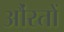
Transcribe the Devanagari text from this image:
औंरतों